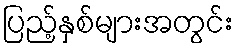
ပြည့်နှစ်များအတွင်း